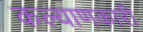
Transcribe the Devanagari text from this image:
कल्‍याणकारी